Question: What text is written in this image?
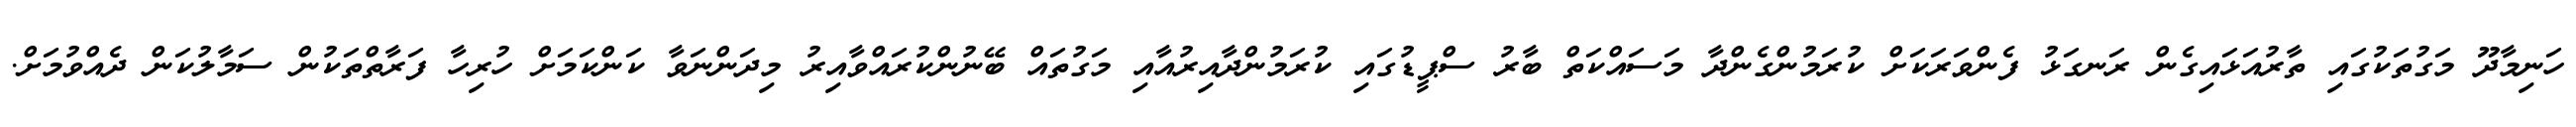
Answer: ހަނިމާދޫ މަގުތަކުގައި ތާރުއަޅައިގެން ރަނގަޅު ފެންވަރަކަށް ކުރަމުންގެންދާ މަސައްކަތް ބާރު ސްޕީޑުގައި ކުރަމުންދާއިރުއާއި މަގުތައް ބޭނުންކުރައްވާއިރު މިދަންނަވާ ކަންކަމަށް ހުރިހާ ފަރާތްތަކުން ސަމާލުކަން ދެއްވުމަށް.